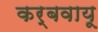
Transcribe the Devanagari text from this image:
कर्बवायू